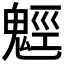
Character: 𩳍